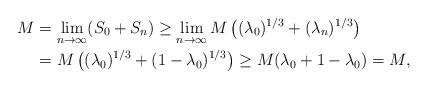
LaTeX: \begin{align*}M&=\lim_{n\rightarrow \infty}(S_0+S_n)\ge\lim_{n\rightarrow \infty}M\left((\lambda_0)^{1/3}+(\lambda_n)^{1/3}\right)\\&=M\left((\lambda_0)^{1/3}+(1-\lambda_0)^{1/3}\right)\ge M(\lambda_0+1-\lambda_0)=M,\end{align*}